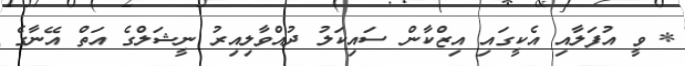
* ވީ އުފަލާއި އެކީގައި އިޒްކާން ސައިކަލު ދުއްވާލިއިރު ނީޝަލްގެ އަތް އޭނާގެ